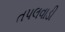
તપલવાડી